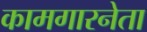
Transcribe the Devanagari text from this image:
कामगारनेता